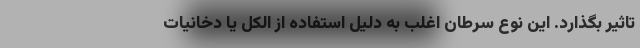
تاثیر بگذارد. این نوع سرطان اغلب به دلیل استفاده از الکل یا دخانیات